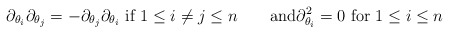
\begin{align*}\partial_{\theta_i} \partial_{\theta_j}=-\partial_{\theta_j} \partial_{\theta_i}\hbox{ if } 1 \leq i \neq j \leq n\qquad\hbox{and}\partial_{\theta_i}^2 = 0\hbox{ for }1 \leq i \leq n\end{align*}